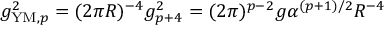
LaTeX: g _ { \mathrm { Y M } , p } ^ { 2 } = ( 2 \pi R ) ^ { - 4 } g _ { p + 4 } ^ { 2 } = ( 2 \pi ) ^ { p - 2 } g \alpha ^ { ( p + 1 ) / 2 } R ^ { - 4 }